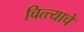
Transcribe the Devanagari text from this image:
चित्त्याचे